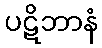
ပဋိဘာနံ